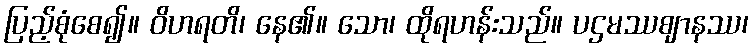
ပြည့်စုံစေ၍။ ဝိဟရတိ၊ နေ၏။ သော၊ ထိုရဟန်းသည်။ ပဌမဿဈာနဿ၊